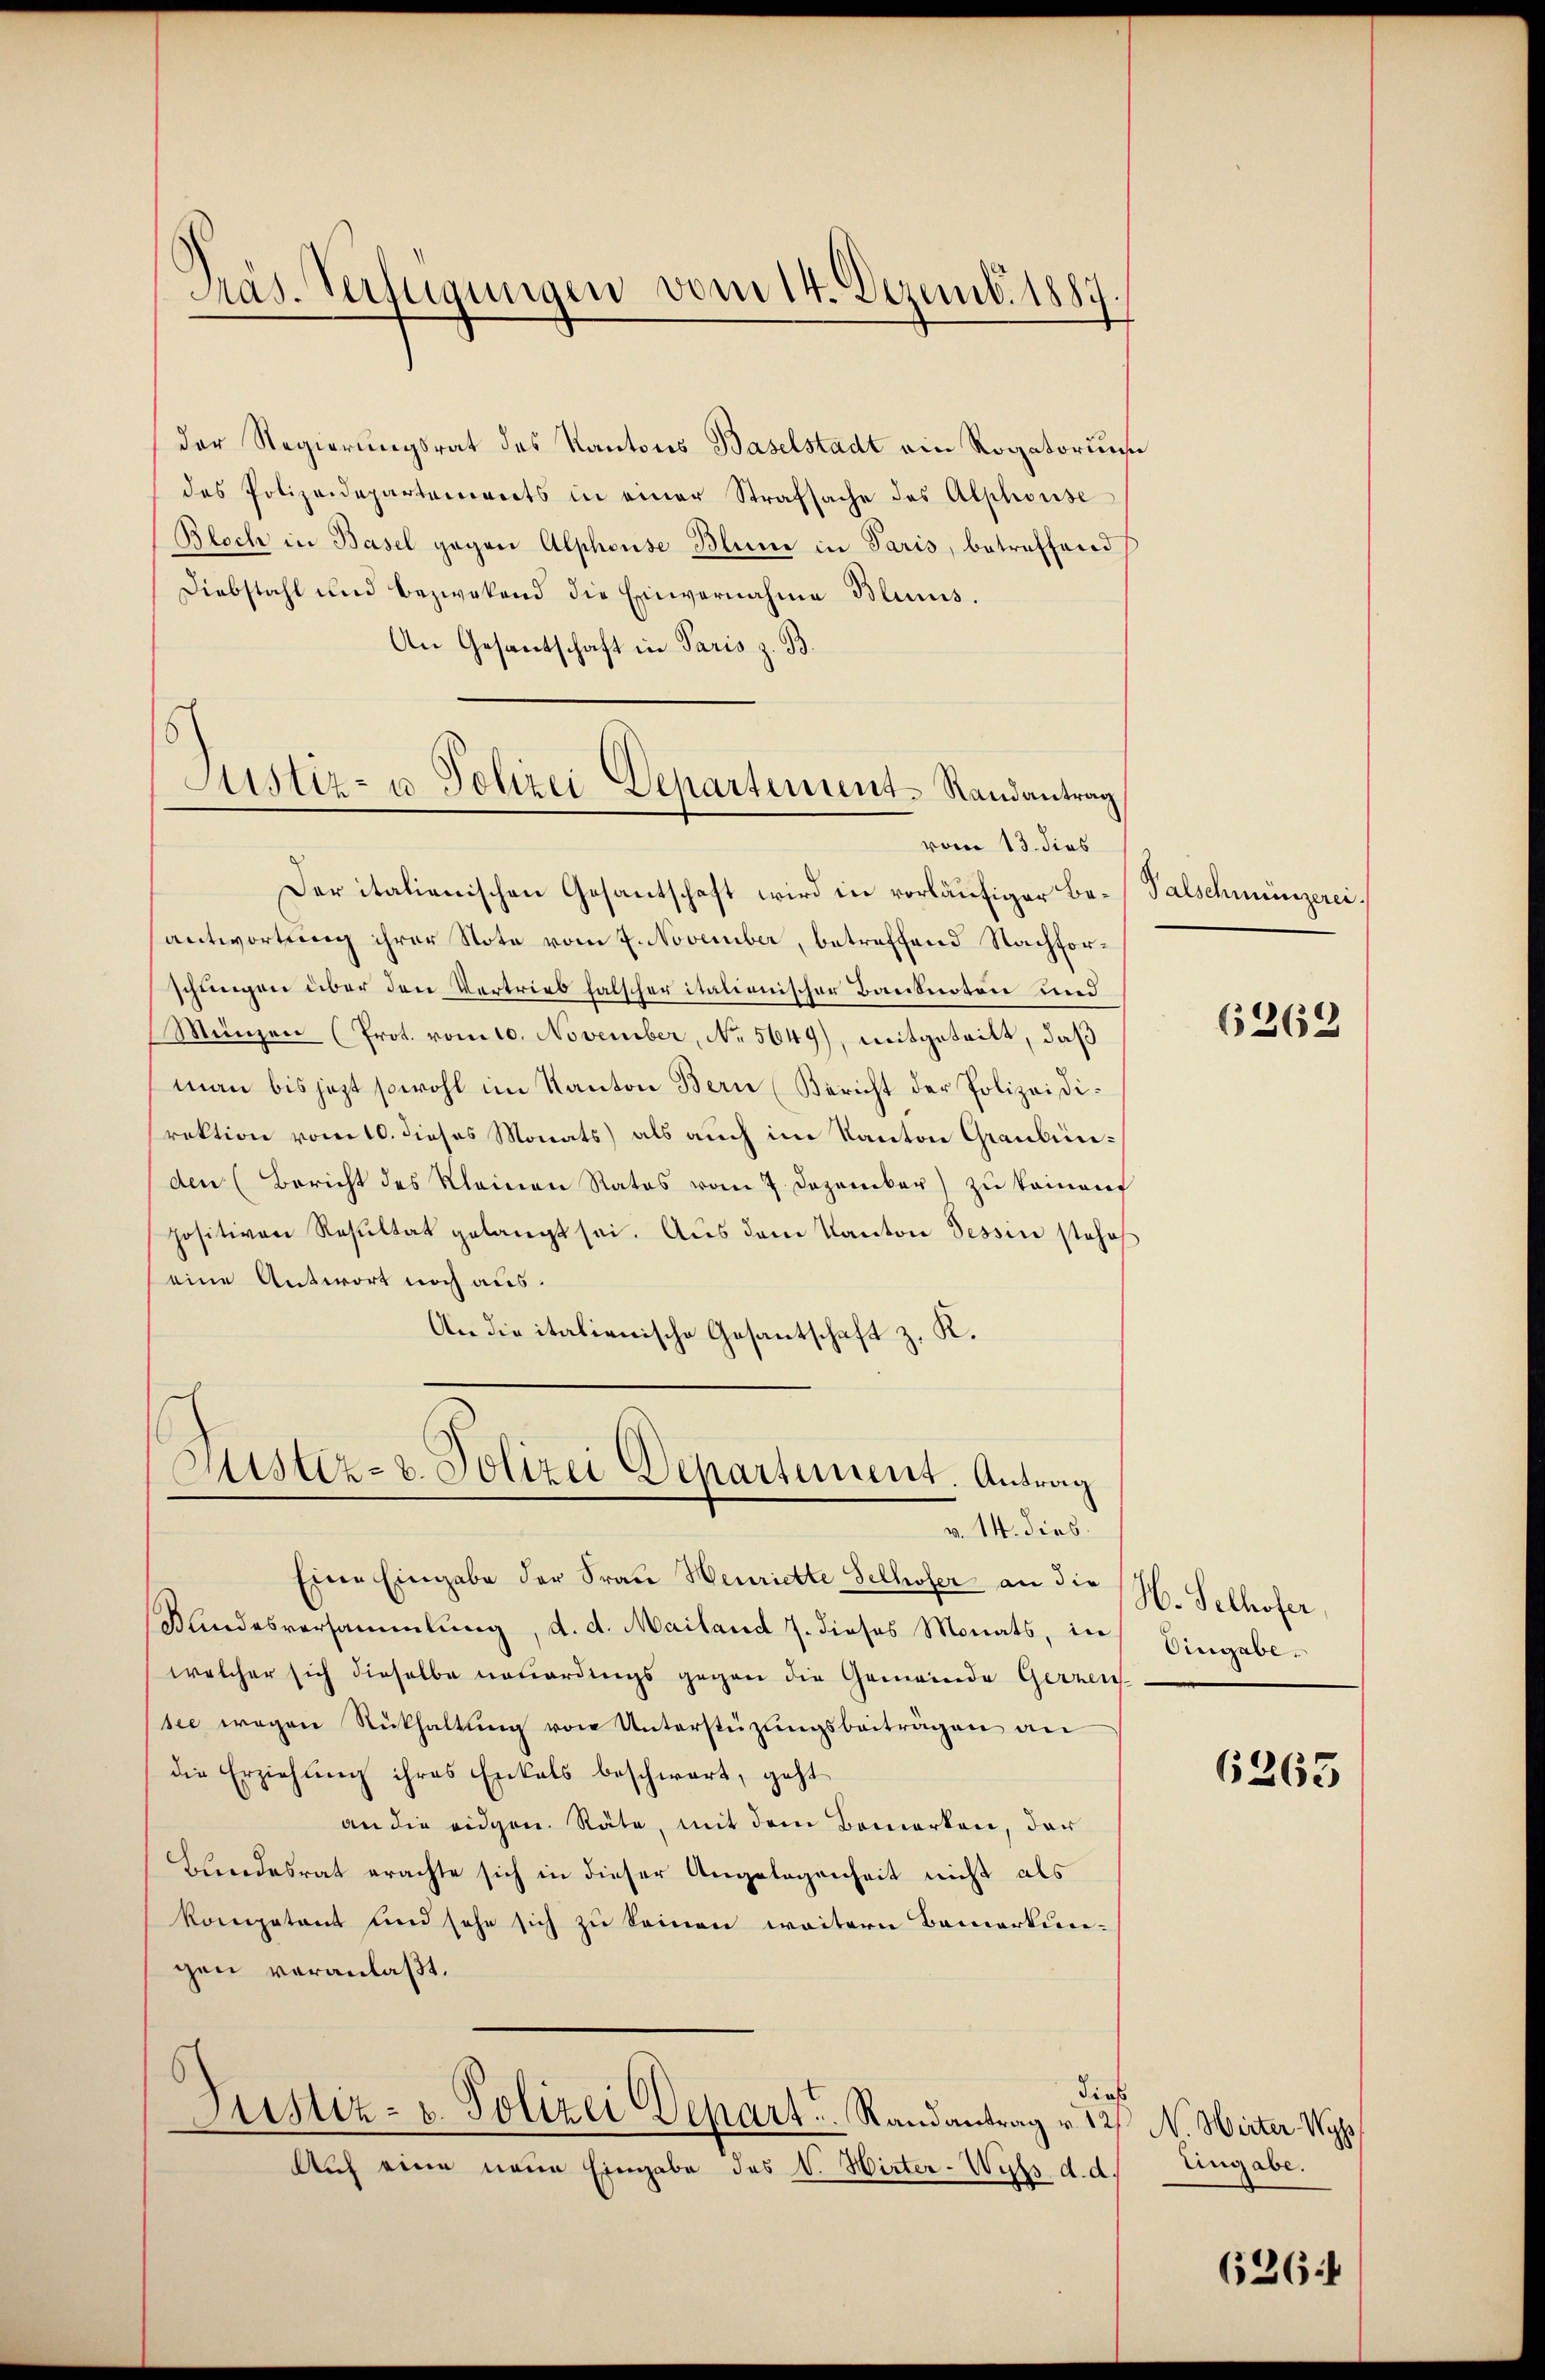
Präs. Verfügungen vom 14. Dezemb. 1887.

der Regierungsrat des Kantons Baselstadt ein Rogatorius
des Polizeidepartements in einer Strafsache des Alphonse
Bloch in Basel gegen Alphouse Blume in Paris, betreffend
Diebstahl und bezwekend die Einvernahme Bluns.
An Gesantschaft in Paris z. B.
Der italienischen Gesantschaft wird in vorläufiger Beantwortung ihrer Note vom 7. November, betreffend Nachforschungen über den Vertrieb falscher italienischer Banknoten und
Münzen (Prot. vom 10. November, No 5649), mitgeteilt, daß
man bis jezt sowohl im Kanton Bern (Bericht der Polizeidirektion vom 10. dieses Monats) als auch im Kanton Graubünden (Bericht des Kleinen Rates vom 7. Dezember) zu keinen
positiven Resultat gelangt sei. Aus dem Kanton Tessin stehe
seine Antwort noch aus.
An die italienische Gesantschaft z. K.

Justiz- u Polizei Departement-Randantrag

Sistiz- u. Polizei Departement. Antrag
v. 14. dies

vom 13. dies

Eine Eingabe der Frau Henriette Selhofer an die
Kandesversammlung, d. d. Mailand 7. dieses Monats, in
welcher sich dieselbe neuerdings gegen die Gemeinde Gerren
sie wegen Rückhaltung von Unterstüzungsbeiträgen an
die Erziehung ihres Enkels beschwart, geht
an die eidgen. Räte, mit dem Bemerken, der
Bundesrat erachte sich in dieser Angelegenheit nicht als
kompetent und sehe sich zu seinen weitern Bemerkungen veranlaßt.
Sies
Justiz- u. Polizei Depart. Randantrag v. 12 N. Wirter Hyp
Auch eine neue Eingabe des V. Wirter-Wals d. d. Eingabe.

Palschmünzerei.

6369

H. Selhofer,
Eingabe

6265

626: